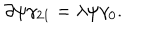
\partial \psi \gamma _ { 2 1 } = \lambda \psi \gamma _ { 0 } .